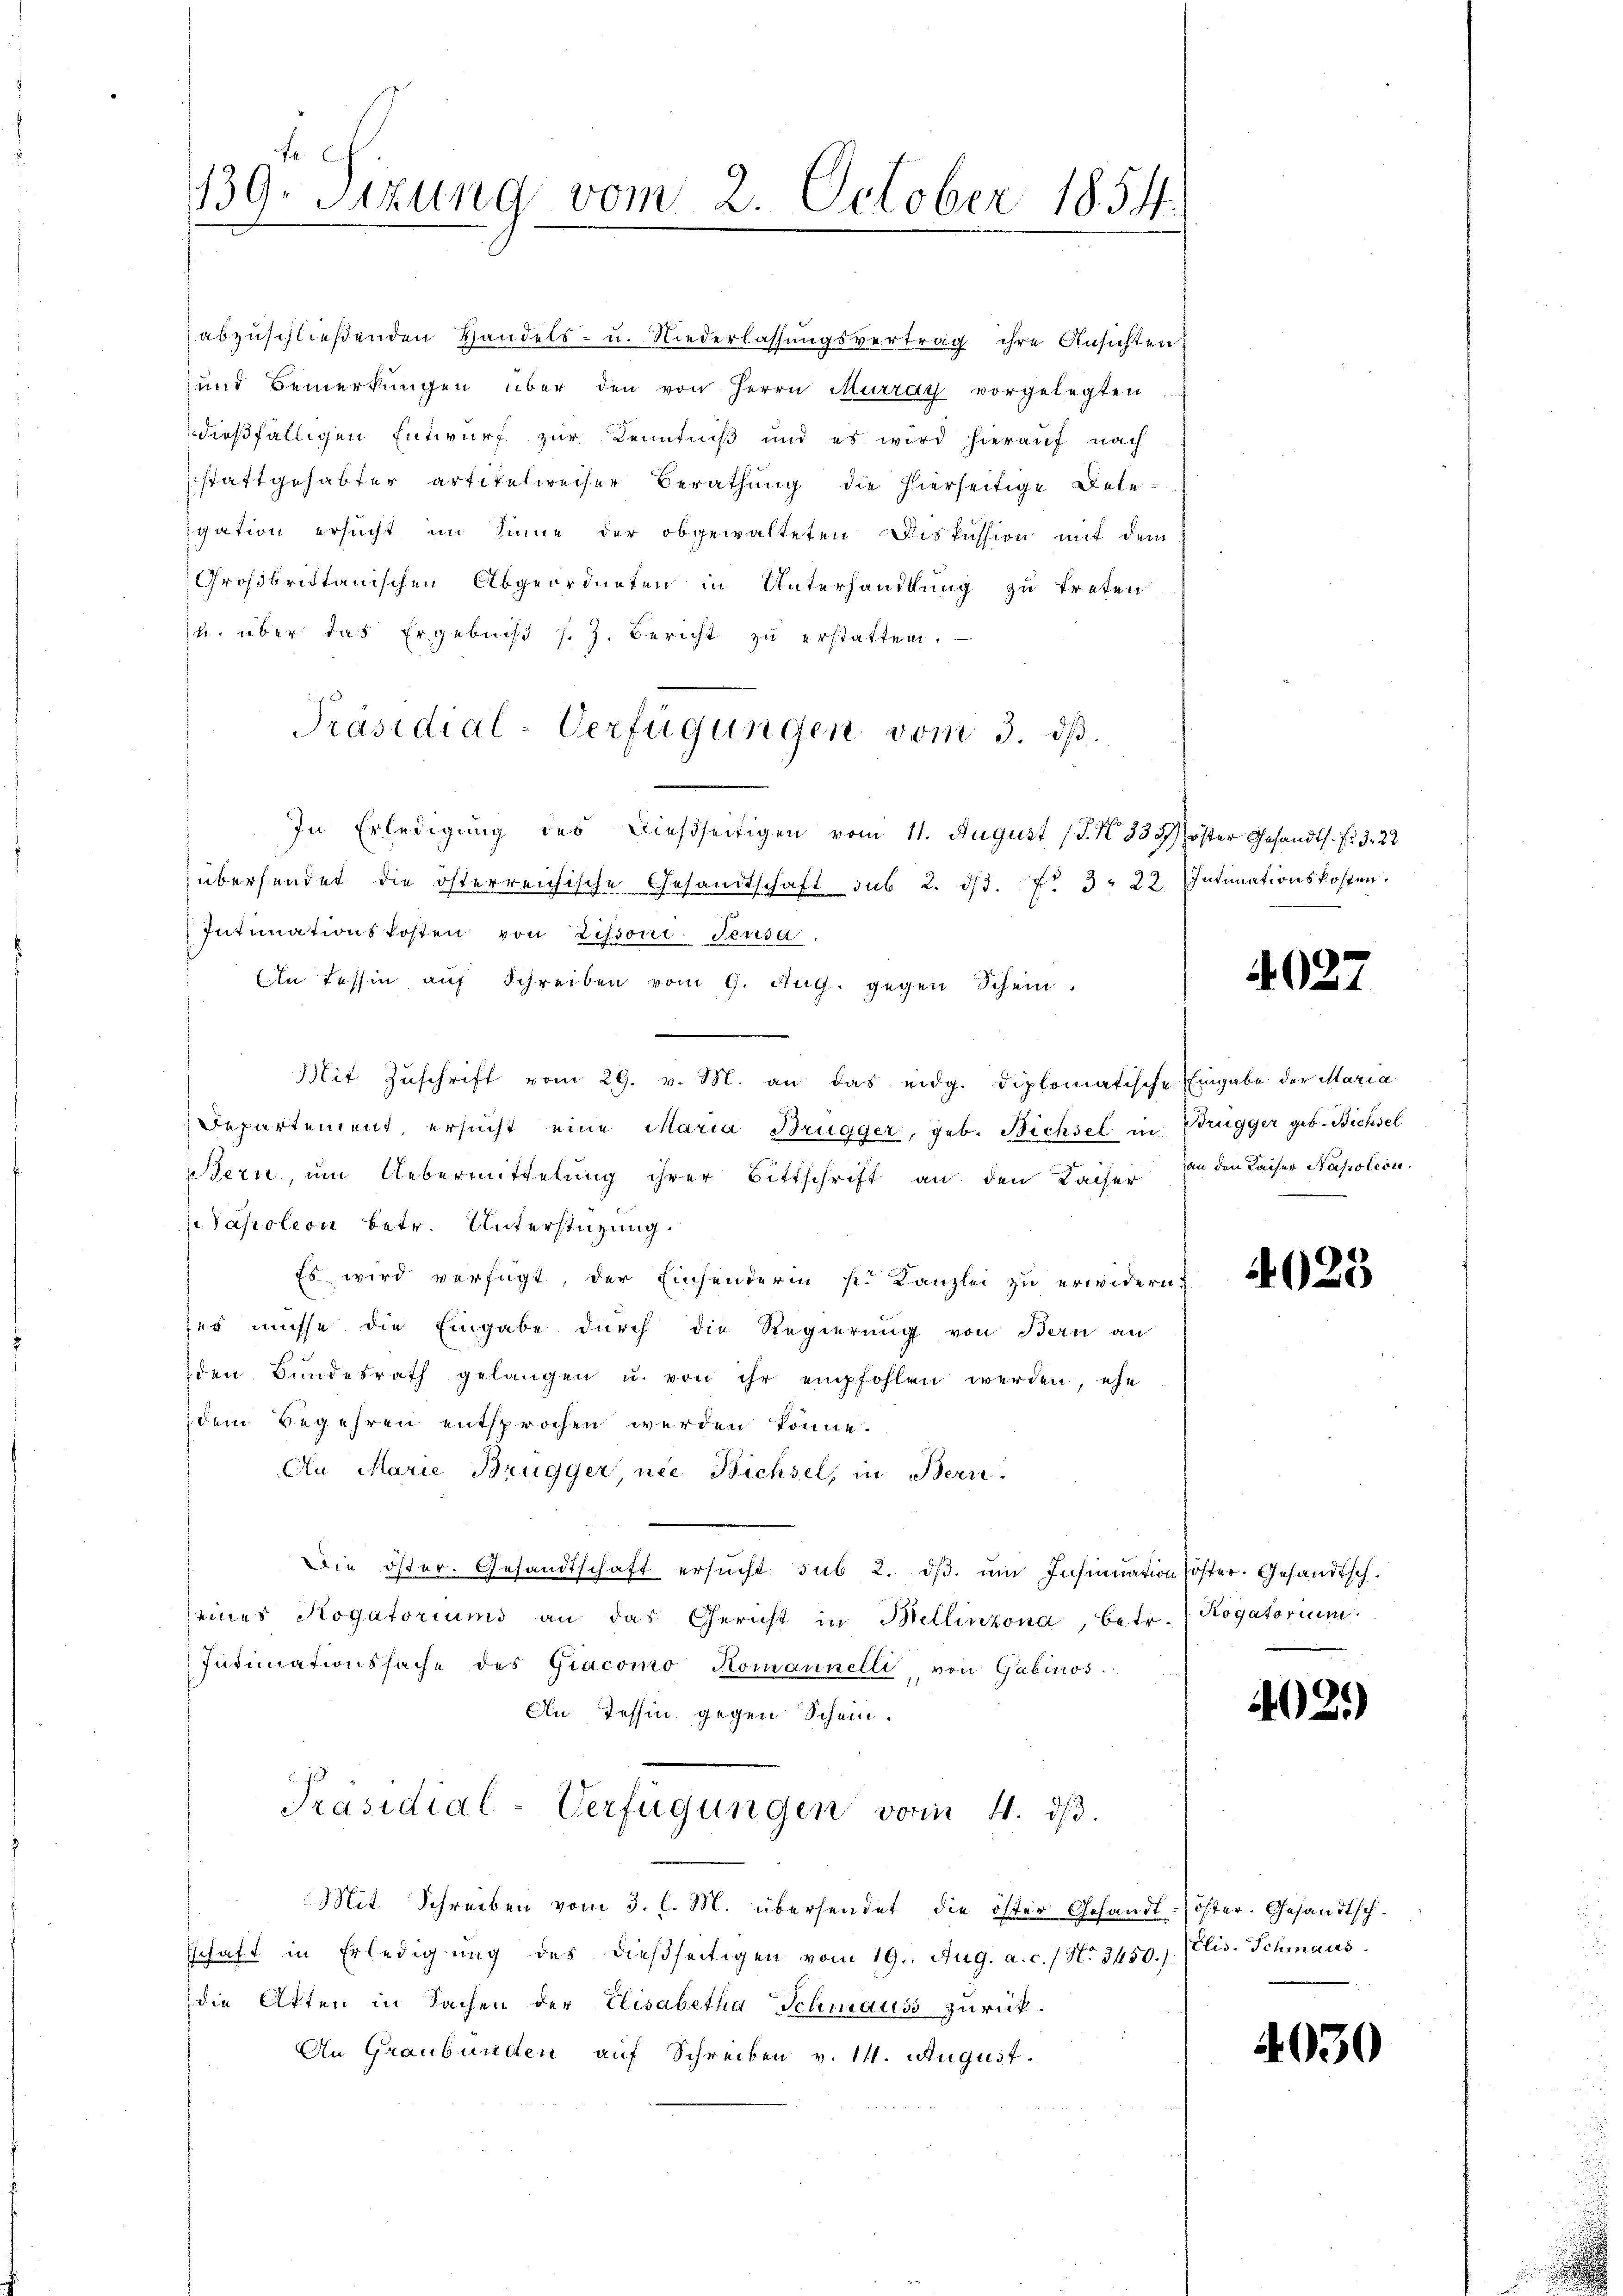
139. Sizung vom 2. October 1854.

abzuschließenden Handels- u. Niederlassungsvertrag ihre Ansichten
und Bemerkungen über den von Herrn Murray vorgelegten
dießfälligen Entwurf zur Kenntniß und es wird hierauf nach
stattgehabter artikelweiser Berathung die hierseitige Detegation ersucht im Sinne der obgewalteten Diskussion mit dem
Großbrittanischen Abgeordneten in Unterhandlung zu treten
u. über das Ergebniβ s. z. Bericht zu erstatten.
In Erledigung des dießseitigen vom 11. August (d. N. 333 erster Gesandts. fr. 3. 22
übersendet die österreichische Gesandtschaft sub 2. ds. No 3. 22. Intimationskosten,
Intimationskosten von Zifsoni-Teusa.
Ein Tessin aŭf Schreiben vom 9. Aug. gegen Schein.
Mit Zŭschrift vom 29. v. M. an das eidg. Diplomatische Eingabe der Maria
Departement, ersucht eine Maria Brugger, geb. Bichsel in Brugger geb. Bichsel
Tern, um Uebermittelung ihrer Bittschrift an den Kaiser in den Kaiser Napoleon
Pasolion betr. Unterstüzung.
Es wird verfügt, der Einsenderin s. Kanzlei zu erwidern.
ses müsse die Eingabe durch die Regierung von Bern an
den Bŭndesrath gelangen u. von ihr empfohlen werden, ehe
dem Begehren entsprochen werden könne.
An Marie Brügger, nie Bichsel, in Bern.
Die öster. Gesandtschaft ersŭcht sub 2. dβ. ŭm Insinuation oster. Gesandtsch.
eines Rogatoriums an das Gericht in Mellinzona, betr. Rogatorium
Intimationssache des Giacomo Komannelli von Gabinos.
An Tessin gegen Schein.
Präsidial-Verfügungen vom 4. dβ.
Mit Schreiben vom 3. l. M. übersendet die öster Gesandt-Zöster-Gesandtschschaft in Erledigŭng des dießseitigen vom 19. Aŭg. a. c. / N. 3450. (Elis. Schmaus
die Akten in Sachen der Elisabetha Schmauss zurück¬
An Graubünden auf Schreiben v. 14. August.

Präsidial-Verfügungen vom 3. ds.

4027

4023

402.)

4030